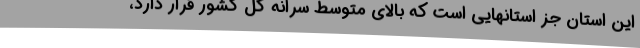
این استان جز استانهایی است که بالای متوسط سرانه کل کشور قرار دارد،